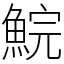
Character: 鯇